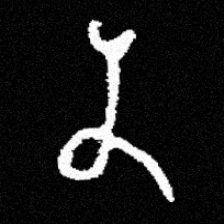
Pyu character \u2014 Myanmar letter: န (romanized: na)